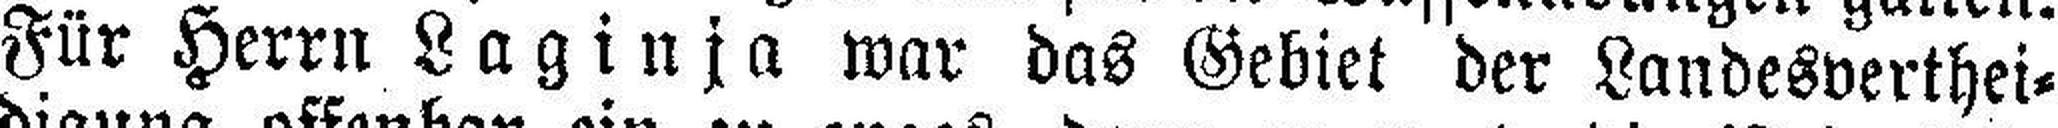
Für Herrn Laginja war das Gebiet der Landesverthei¬